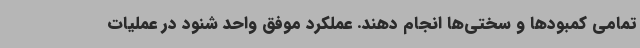
تمامی کمبودها و سختی‌ها انجام دهند. عملکرد موفق واحد شنود در عملیات